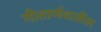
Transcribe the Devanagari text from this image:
गीतार्णवातील